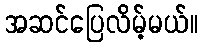
အဆင်ပြေလိမ့်မယ်။